Bréfritari: Þórunn Pálsdóttir
Viðtakandi: Páll Pálsson
Dagsetning: A-1825-07-05
Skrifað á: Hallfreðarstöðum  N-Múl.
Páll var bróðir Þórunnar

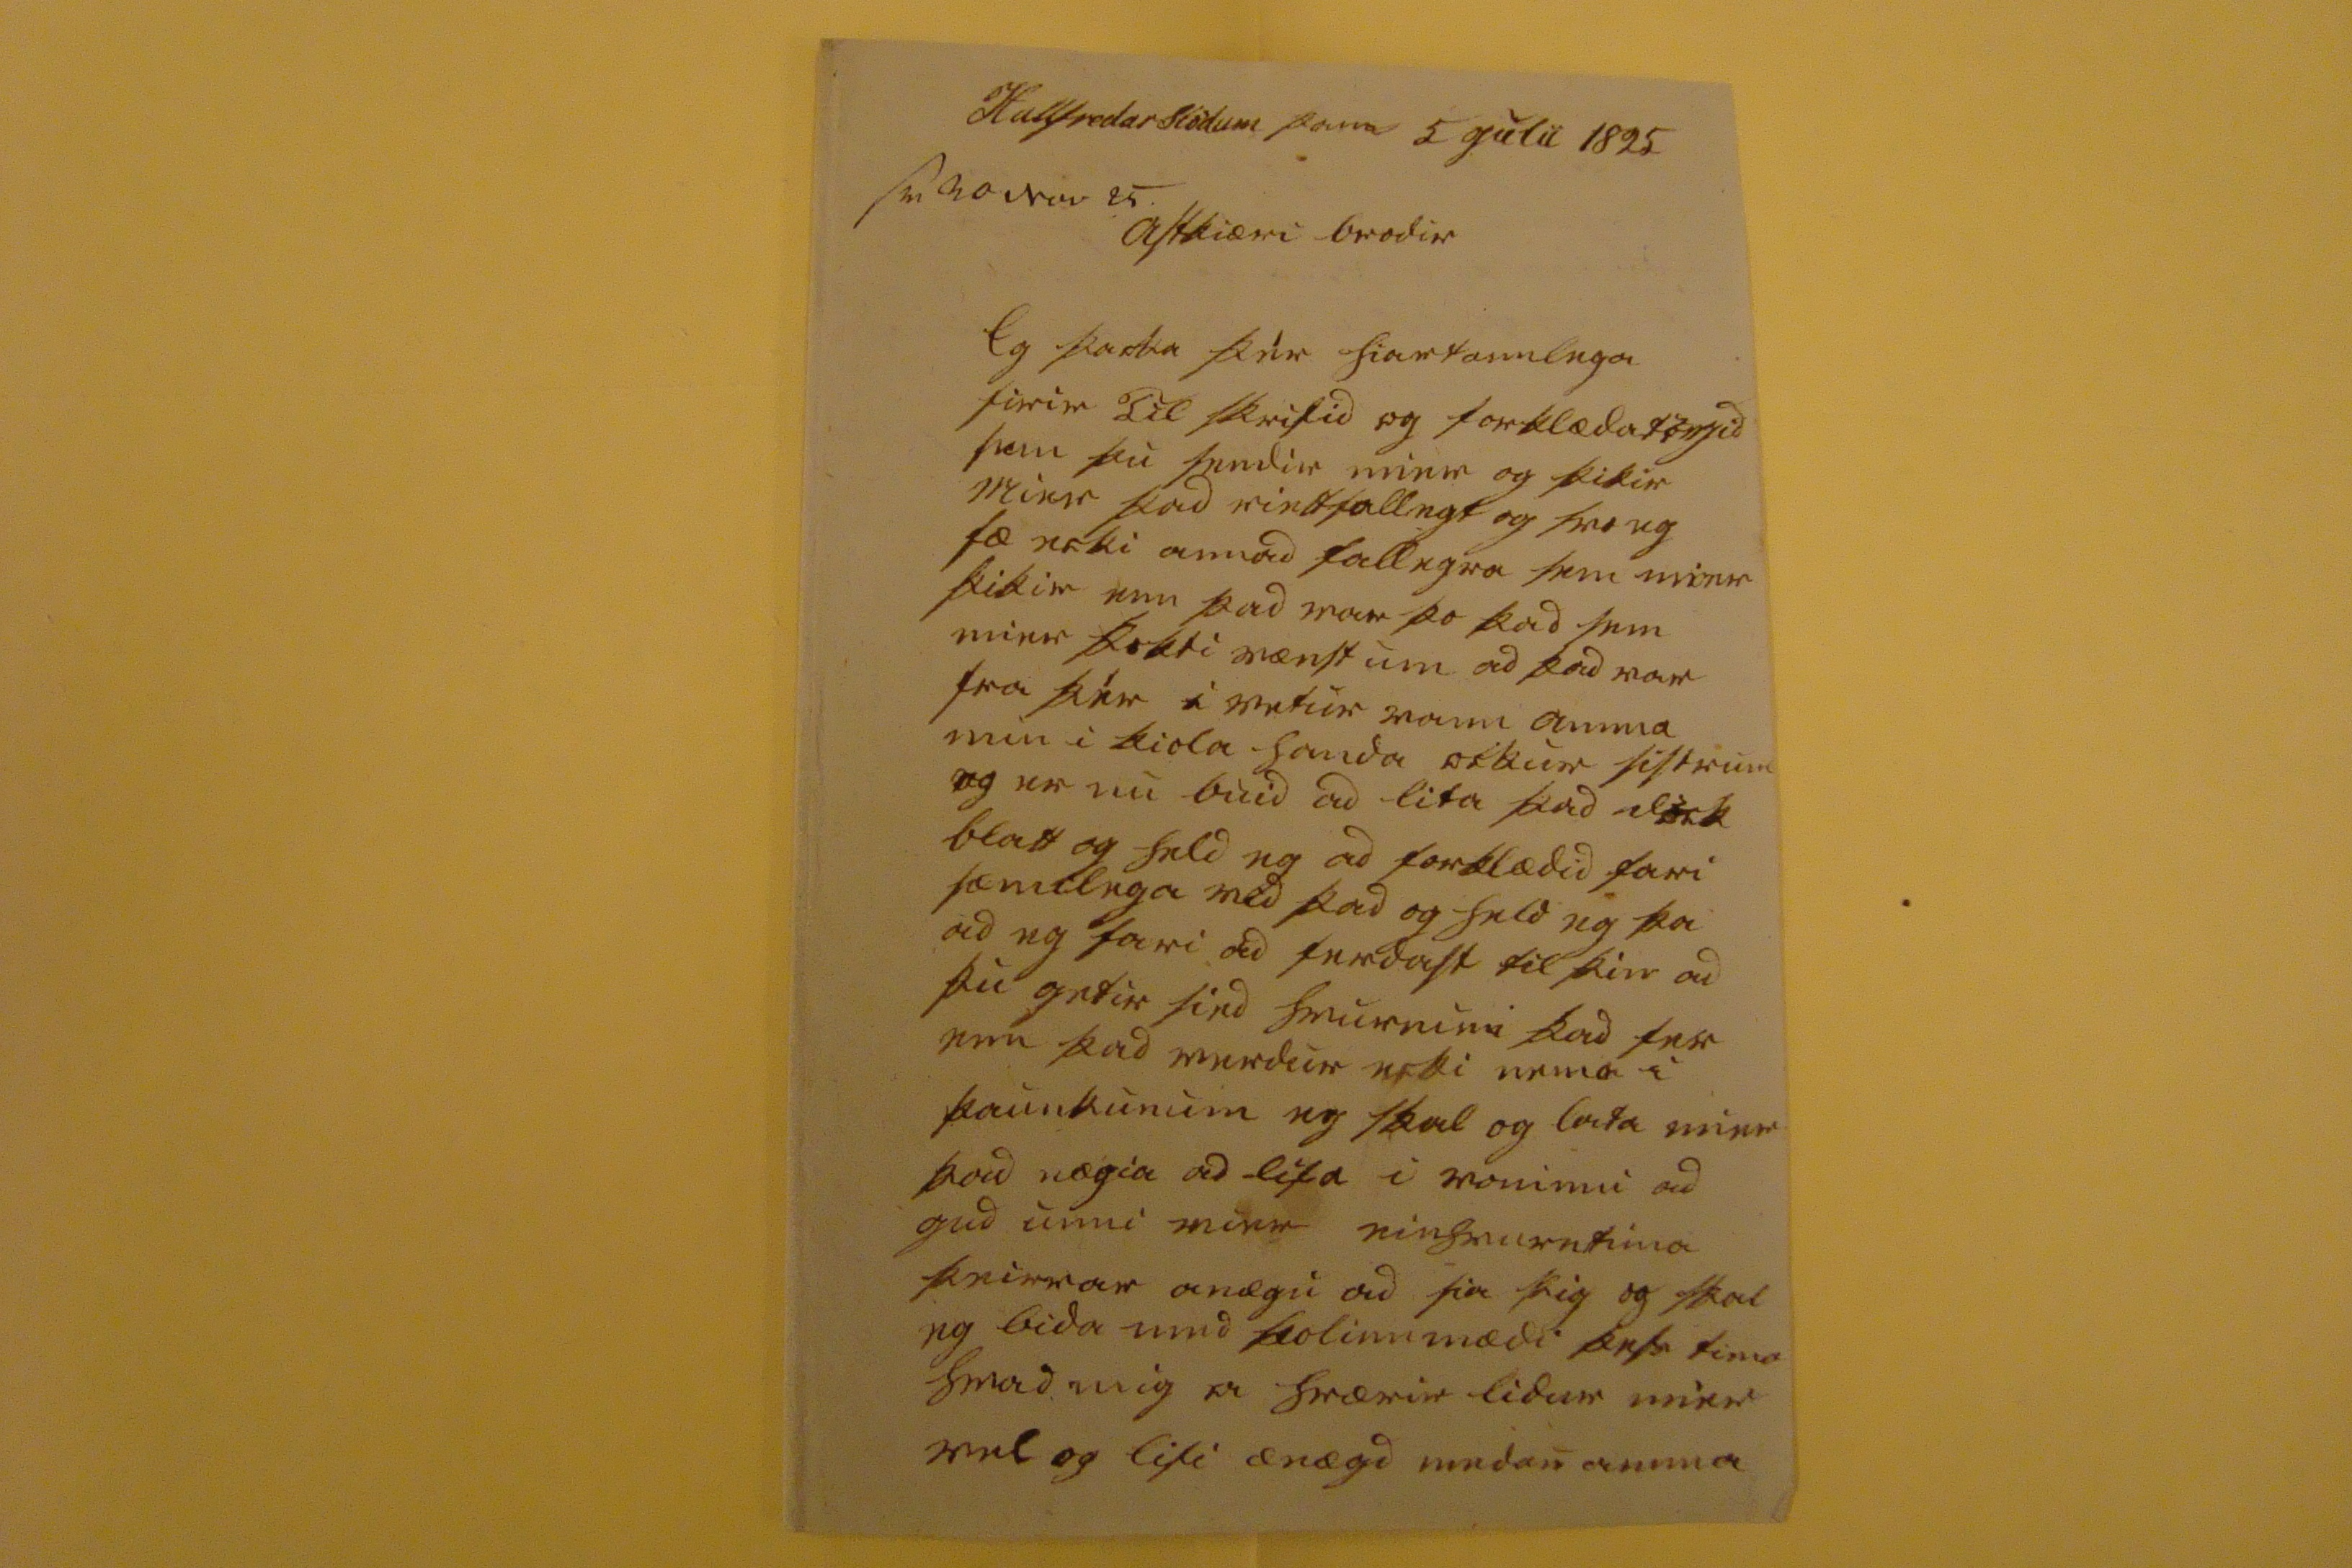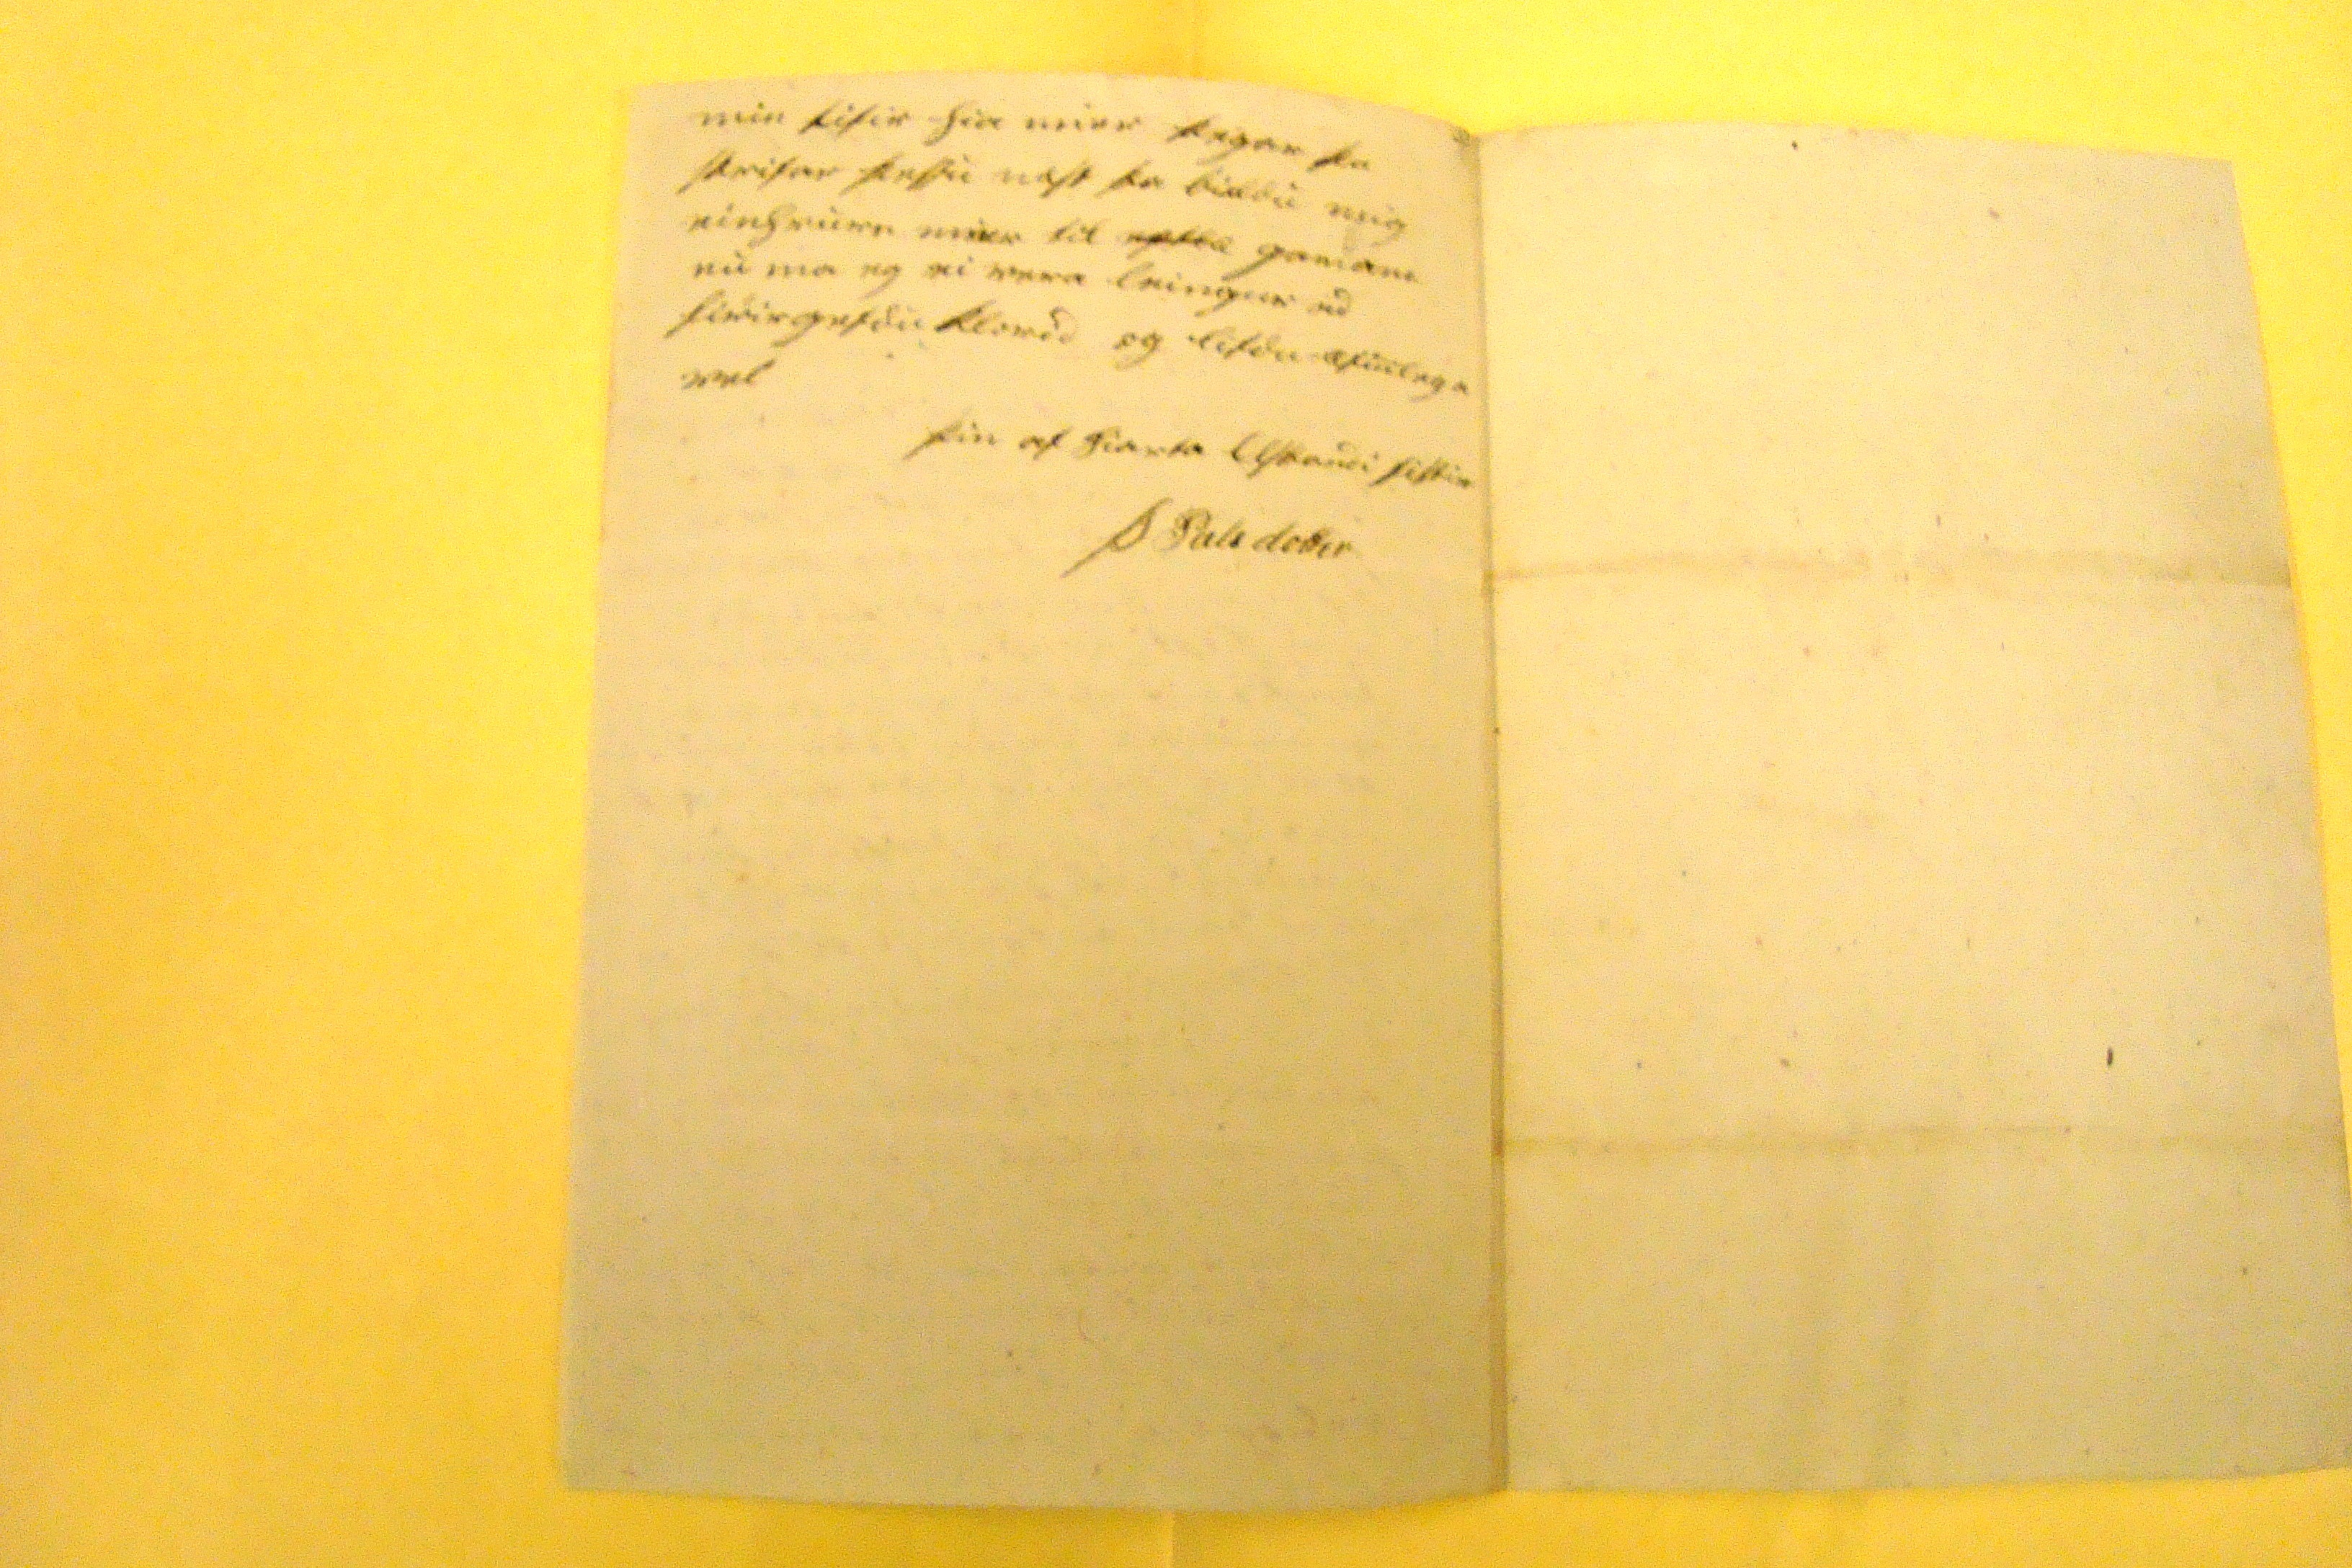

Hallfredarstödum þann 5 julii 1825
sv: 00 nov 25
astkiæri brodir
eg þacka þér hiartannlega firir til skrifid og forklæda
000id
sem þu sendir mier og þikir mier þad riettfallegt og svo eg fæ ecki annad fallegra sem mier þikir enn þad var þo þad sem mier þokti vænst um ad þad var fra þér i vetur vann amma min i kiola handa
ockur sistrum og
er nu buid ad lita þad dock blatt og held eg ad forklædid fari sæmilega med þad og held eg þa ad eg fari ad ferdast til þin ad þu getir sied
hvur0000
þad fer enn þad verdur ecki nema i þaunkunum eg skal og lata mier þad nægia ad lifa i voninni ad gud unni mier einhvurntima þeirrar anægu ad sia þig og skal eg bida med þolinnmædi þesa tima hvad mig a hrærir lidur mier vel og lifi anægd medan amma
min lifir hia mier þegar þu skrifar
þessu næst þa biddu mig einhvurn mier til
00000
gaman
nu ma eg ei vera leingur ad firirgefdu klorid og lifdu æfinlega vel
þin af hiarta elskandi sistir
Þ Palsdottir